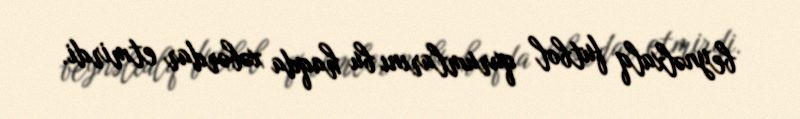
beynəlxalq futbol qurumlarını bu haqda xəbərdar etmirdi.